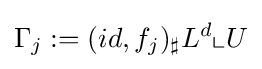
\Gamma _{j}:=(id,f_{j})_{\sharp }L^{d}\llcorner U